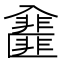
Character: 𠓿